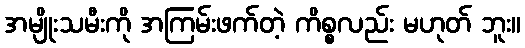
အမျိုးသမီးကို အကြမ်းဖက်တဲ့ ကိစ္စလည်း မဟုတ် ဘူး။